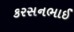
કરસનભાઈ